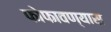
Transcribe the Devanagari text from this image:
फोफावण्यास